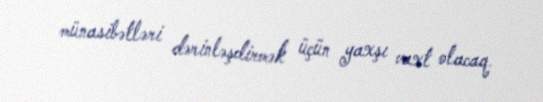
münasibətləri dərinləşdirmək üçün yaxşı vaxt olacaq.